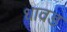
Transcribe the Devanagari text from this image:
धावड